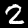
Digit: 2